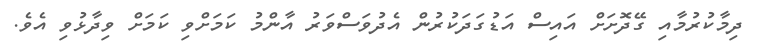
ދިމާކުރުމާއި ގޭދޮށަށް އައިސް އަޑުގަދަކުރުން އެދުވަސްވަރު އާންމު ކަމަށްވި ކަމަށް ވިދާޅުވި އެވެ.